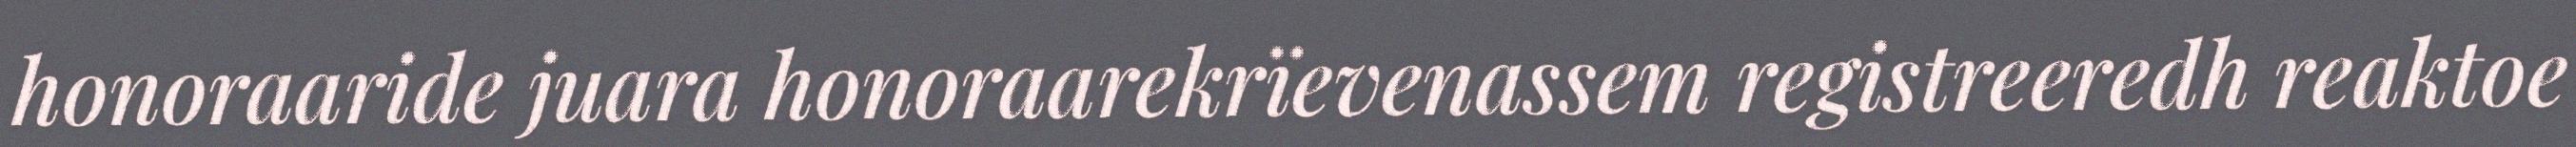
honoraaride juara honoraarekrïevenassem registreeredh reaktoe